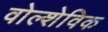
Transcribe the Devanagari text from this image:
वोल्शेविक